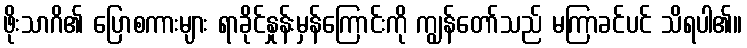
ဖိုးသာဂိ၏ ပြောစကားများ ရာခိုင်နှုန်းမှန်ကြောင်းကို ကျွန်တော်သည် မကြာခင်ပင် သိရပါ၏။